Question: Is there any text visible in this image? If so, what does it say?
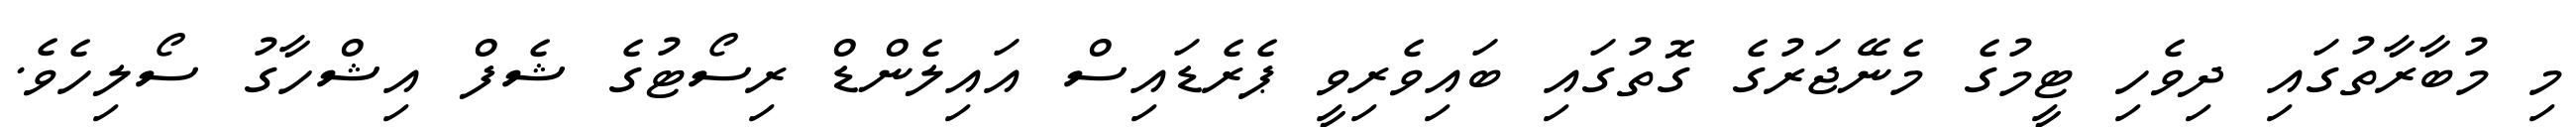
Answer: މި މުބާރާތުގައި ދިވެހި ޓީމުގެ މެނޭޖަރުގެ ގޮތުގައި ބައިވެރިވީ ޕެރެޑައިސް އައިލެންޑް ރިސޯޓުގެ ޝެފް އިޝްހާގު ސޯލިހެވެ.